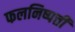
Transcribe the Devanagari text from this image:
फलनिष्पत्ती